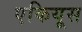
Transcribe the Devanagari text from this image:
एकियूस